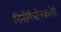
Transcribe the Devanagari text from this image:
गिनीगैबोनकांगो